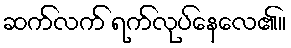
ဆက်လက် ရက်လုပ်နေလေ၏။